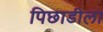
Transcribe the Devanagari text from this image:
पिछाडीला